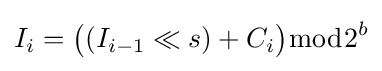
I_{i}={\big (}(I_{i-1}\ll s)+C_{i}{\big )}{\bmod {2}}^{b}